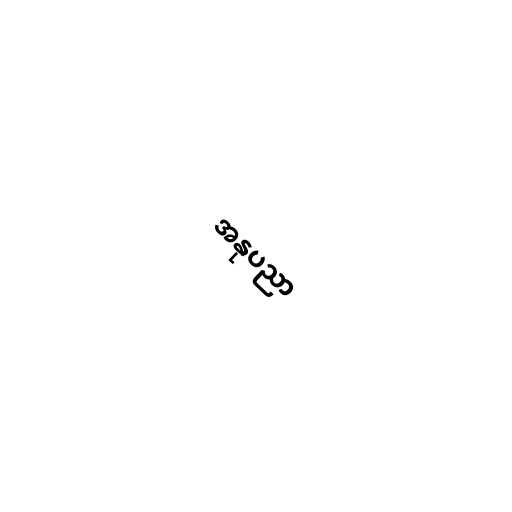
အနုပညာ